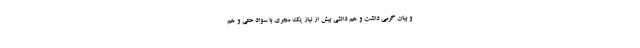
و بیان گرمی داشت و هم دانشی بیش از نیاز یک مجری با سواد حتی و هم